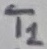
Text: T1